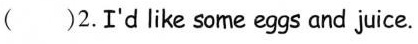
( )2.I'd like some eggs and juice.